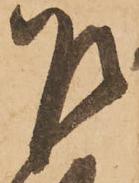
乍